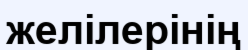
желілерінің